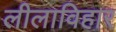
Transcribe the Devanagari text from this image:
लीलाविहार